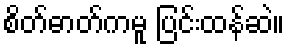
စိတ်ဓာတ်ကမူ ပြင်းထန်ဆဲ။